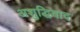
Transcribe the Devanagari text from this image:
अशुद्धिवाद